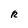
Character: R